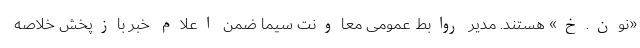
«نون.خ» هستند. مدیر روابط عمومی معاونت سیما ضمن اعلام خبر بازپخش خلاصه